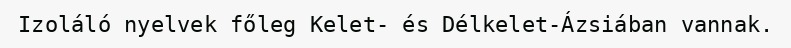
Izoláló nyelvek főleg Kelet- és Délkelet-Ázsiában vannak.